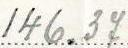
146.37